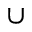
\cup